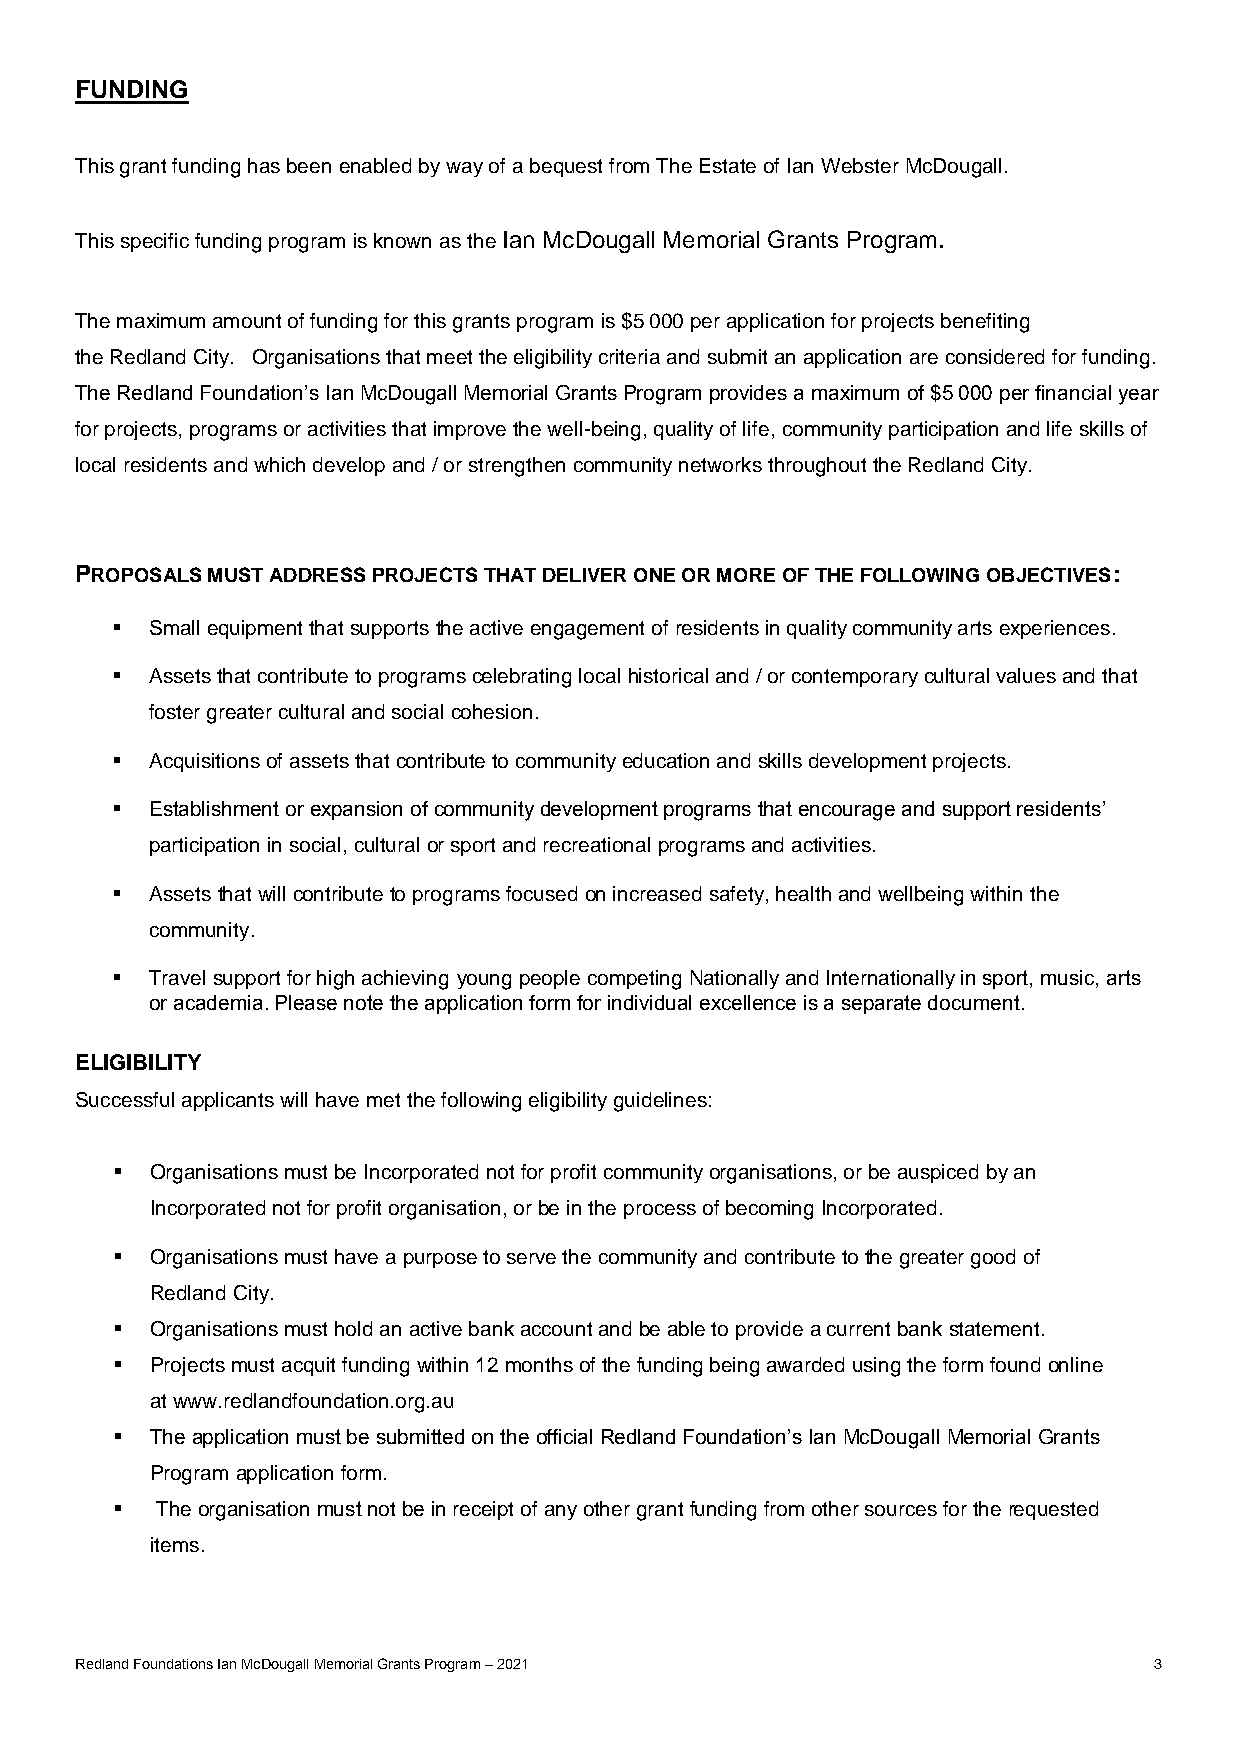
FUNDING
 This grant funding has been enabled by way of a bequest from The Estate of Ian Webster McDougall.
 This specific funding program is known as the Ian McDougall Memorial Grants Program.
 The maximum amount of funding for this grants program is $5 000 per application for projects benefiting
 the Redland City. Organisations that meet the eligibility criteria and submit an application are considered for funding.
 The Redland Foundation’s Ian McDougall Memorial Grants Program provides a maximum of $5 000 per financial year
 for projects, programs or activities that improve the well-being, quality of life, community participation and life skills of
 local residents and which develop and / or strengthen community networks throughout the Redland City.
 PROPOSALS MUST ADDRESS PROJECTS THAT DELIVER ONE OR MORE OF THE FOLLOWING OBJECTIVES:
   Small equipment that supports the active engagement of residents in quality community arts experiences.
   Assets that contribute to programs celebrating local historical and / or contemporary cultural values and that
 foster greater cultural and social cohesion.
   Acquisitions of assets that contribute to community education and skills development projects.
   Establishment or expansion of community development programs that encourage and support residents’
 participation in social, cultural or sport and recreational programs and activities.
   Assets that will contribute to programs focused on increased safety, health and wellbeing within the
 community.
   Travel support for high achieving young people competing Nationally and Internationally in sport, music, arts
 or academia. Please note the application form for individual excellence is a separate document.
 ELIGIBILITY
 Successful applicants will have met the following eligibility guidelines:
   Organisations must be Incorporated not for profit community organisations, or be auspiced by an
 Incorporated not for profit organisation, or be in the process of becoming Incorporated.
   Organisations must have a purpose to serve the community and contribute to the greater good of
 Redland City.
   Organisations must hold an active bank account and be able to provide a current bank statement.
   Projects must acquit funding within 12 months of the funding being awarded using the form found online
 at www.redlandfoundation.org.au
   The application must be submitted on the official Redland Foundation’s Ian McDougall Memorial Grants
 Program application form.
   The organisation must not be in receipt of any other grant funding from other sources for the requested
 items.
 Redland Foundations Ian McDougall Memorial Grants Program – 2021       3